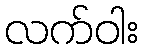
လက်ဝါး